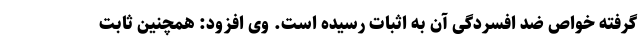
گرفته خواص ضد افسردگی آن به اثبات رسیده است. وی افزود: همچنین ثابت